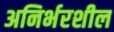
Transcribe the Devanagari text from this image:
अनिर्भरशील